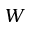
W